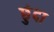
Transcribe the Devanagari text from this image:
छुंदा